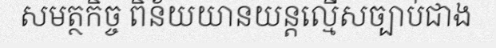
សមត្ថកិច្ច ពិន័យយានយន្តល្មើសច្បាប់ជាង